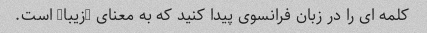
کلمه ای را در زبان فرانسوی پیدا کنید که به معنای "زیبا" است.